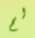
لم